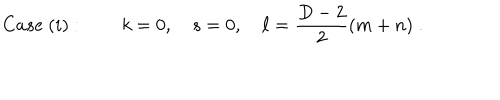
C a s e \ ( i ) : \qquad k = 0 , \quad s = 0 , \quad \ell = \frac { D - 2 } { 2 } ( m + n ) \; .